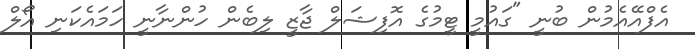
އެފްއޭއެމުން ބުނީ "ގައުމީ ޓީމުގެ އޮފިޝަލް ޖާޒީ ލިބެން ހުންނާނީ ހަމައެކަނި އޯލް